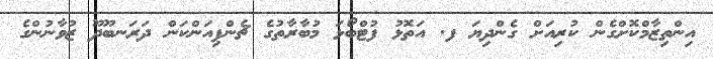
އިންތިޒާމްކޮށްގެން ކުރިއަށް ގެންދިޔަ ފ. އަތޮޅު ފުޓްބޯޅަ މުބާރާތުގެ ޗެންޕިއަންކަން ދަރަނބޫދޫ ޒުވާނުންގެ